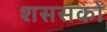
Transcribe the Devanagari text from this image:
शससकों